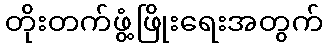
တိုးတက်ဖွံ့ဖြိုးရေးအတွက်